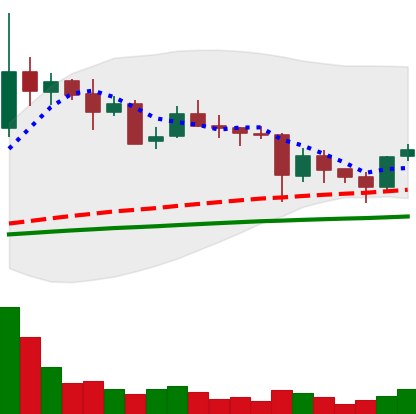
Ticker: ETC-USD
Chart end date: 2021-05-25
Forward return: -15.18%
Label: down_7plus